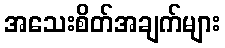
အသေးစိတ်အချက်များ